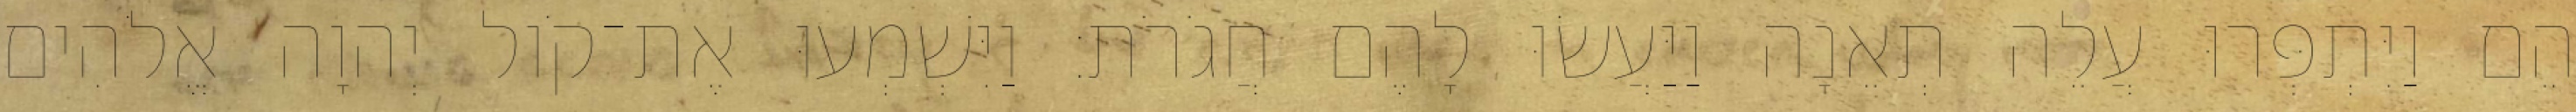
הֵם וַיִּתְפְּרוּ עֲלֵה תְאֵנָה וַיַּעֲשׂוּ לָהֶם חֲגֹרֹת׃ וַיִּשְׁמְעוּ אֶת־קֹול יְהוָה אֱלֹהִים